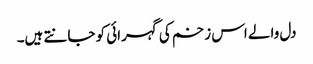
دل والے اس زخم کی گہرائی کو جانتے ہیں۔